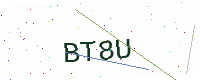
Text: BT8U